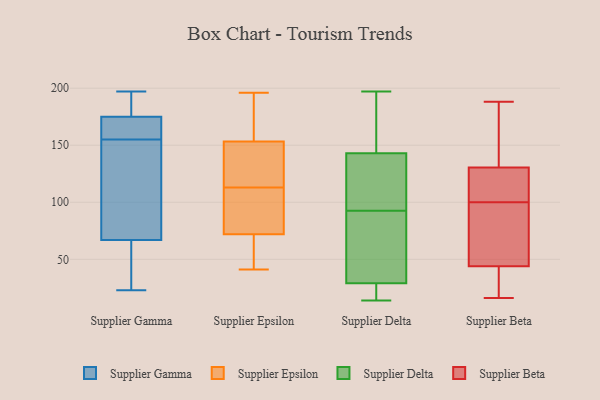
{"axis": {"x": "Active Users", "y": "Value"}, "legend": ["Supplier Beta", "Supplier Delta", "Supplier Epsilon", "Supplier Gamma"], "data": [{"x": "", "y": 138, "type": "Supplier Gamma"}, {"x": "", "y": 177, "type": "Supplier Gamma"}, {"x": "", "y": 172, "type": "Supplier Gamma"}, {"x": "", "y": 67, "type": "Supplier Gamma"}, {"x": "", "y": 175, "type": "Supplier Gamma"}, {"x": "", "y": 23, "type": "Supplier Gamma"}, {"x": "", "y": 131, "type": "Supplier Gamma"}, {"x": "", "y": 55, "type": "Supplier Gamma"}, {"x": "", "y": 197, "type": "Supplier Gamma"}, {"x": "", "y": 175, "type": "Supplier Gamma"}, {"x": "", "y": 174, "type": "Supplier Epsilon"}, {"x": "", "y": 159, "type": "Supplier Epsilon"}, {"x": "", "y": 119, "type": "Supplier Epsilon"}, {"x": "", "y": 136, "type": "Supplier Epsilon"}, {"x": "", "y": 196, "type": "Supplier Epsilon"}, {"x": "", "y": 84, "type": "Supplier Epsilon"}, {"x": "", "y": 68, "type": "Supplier Epsilon"}, {"x": "", "y": 50, "type": "Supplier Epsilon"}, {"x": "", "y": 108, "type": "Supplier Epsilon"}, {"x": "", "y": 41, "type": "Supplier Epsilon"}, {"x": "", "y": 113, "type": "Supplier Epsilon"}, {"x": "", "y": 188, "type": "Supplier Delta"}, {"x": "", "y": 77, "type": "Supplier Delta"}, {"x": "", "y": 28, "type": "Supplier Delta"}, {"x": "", "y": 89, "type": "Supplier Delta"}, {"x": "", "y": 29, "type": "Supplier Delta"}, {"x": "", "y": 96, "type": "Supplier Delta"}, {"x": "", "y": 119, "type": "Supplier Delta"}, {"x": "", "y": 129, "type": "Supplier Delta"}, {"x": "", "y": 197, "type": "Supplier Delta"}, {"x": "", "y": 14, "type": "Supplier Delta"}, {"x": "", "y": 21, "type": "Supplier Delta"}, {"x": "", "y": 62, "type": "Supplier Delta"}, {"x": "", "y": 116, "type": "Supplier Delta"}, {"x": "", "y": 169, "type": "Supplier Delta"}, {"x": "", "y": 20, "type": "Supplier Delta"}, {"x": "", "y": 143, "type": "Supplier Delta"}, {"x": "", "y": 164, "type": "Supplier Delta"}, {"x": "", "y": 31, "type": "Supplier Delta"}, {"x": "", "y": 103, "type": "Supplier Beta"}, {"x": "", "y": 48, "type": "Supplier Beta"}, {"x": "", "y": 128, "type": "Supplier Beta"}, {"x": "", "y": 133, "type": "Supplier Beta"}, {"x": "", "y": 122, "type": "Supplier Beta"}, {"x": "", "y": 82, "type": "Supplier Beta"}, {"x": "", "y": 34, "type": "Supplier Beta"}, {"x": "", "y": 109, "type": "Supplier Beta"}, {"x": "", "y": 188, "type": "Supplier Beta"}, {"x": "", "y": 188, "type": "Supplier Beta"}, {"x": "", "y": 34, "type": "Supplier Beta"}, {"x": "", "y": 144, "type": "Supplier Beta"}, {"x": "", "y": 16, "type": "Supplier Beta"}, {"x": "", "y": 49, "type": "Supplier Beta"}, {"x": "", "y": 97, "type": "Supplier Beta"}, {"x": "", "y": 40, "type": "Supplier Beta"}]}